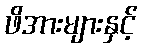
ဖိအားများနှင့်